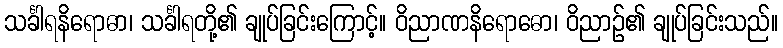
သင်္ခါရနိရောဓာ၊ သင်္ခါရတို့၏ ချုပ်ခြင်းကြောင့်။ ဝိညာဏနိရောဓော၊ ဝိညာဉ်၏ ချုပ်ခြင်းသည်။